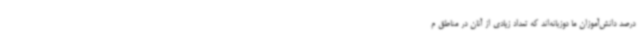
درصد دانش‌آموزان ما دوزبانه‌اند که تعداد زیادی از آنان در مناطق م